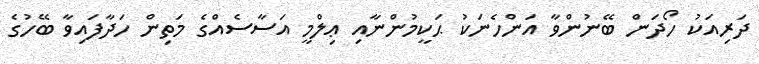
ދަރިއަކު ހޯދަން ބޭނުންވާ އަންހެނަކު ޙަކީމުންނާއި ޢިލްމީ އަސާސެއްގެ މަތިން ހަދާފައިވާ ބޭހުގެ